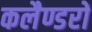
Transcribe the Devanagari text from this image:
कलैण्डरों